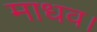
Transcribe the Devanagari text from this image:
माधव।